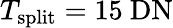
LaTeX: {T_{\mathrm{split}}=15\ \mathrm{{DN}}}